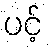
ပင့်